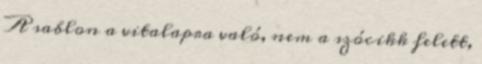
A sablon a vitalapra való, nem a szócikk felett,